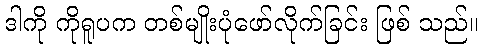
ဒါကို ကိုရူပက တစ်မျိုးပုံဖော်လိုက်ခြင်း ဖြစ် သည်။